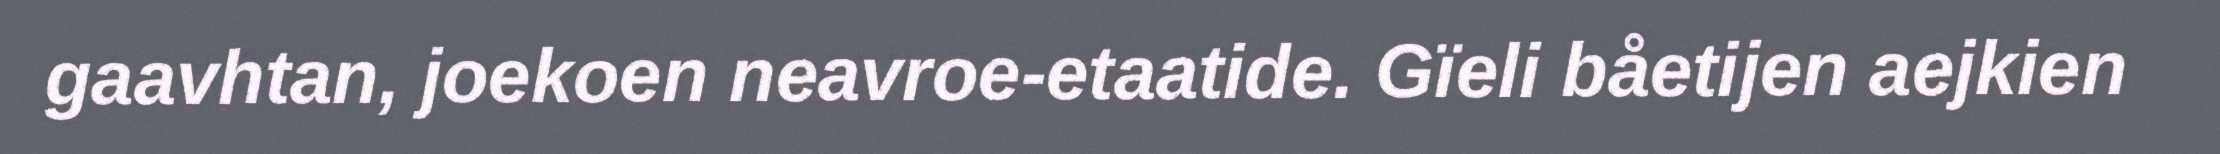
gaavhtan, joekoen neavroe-etaatide. Gïeli båetijen aejkien